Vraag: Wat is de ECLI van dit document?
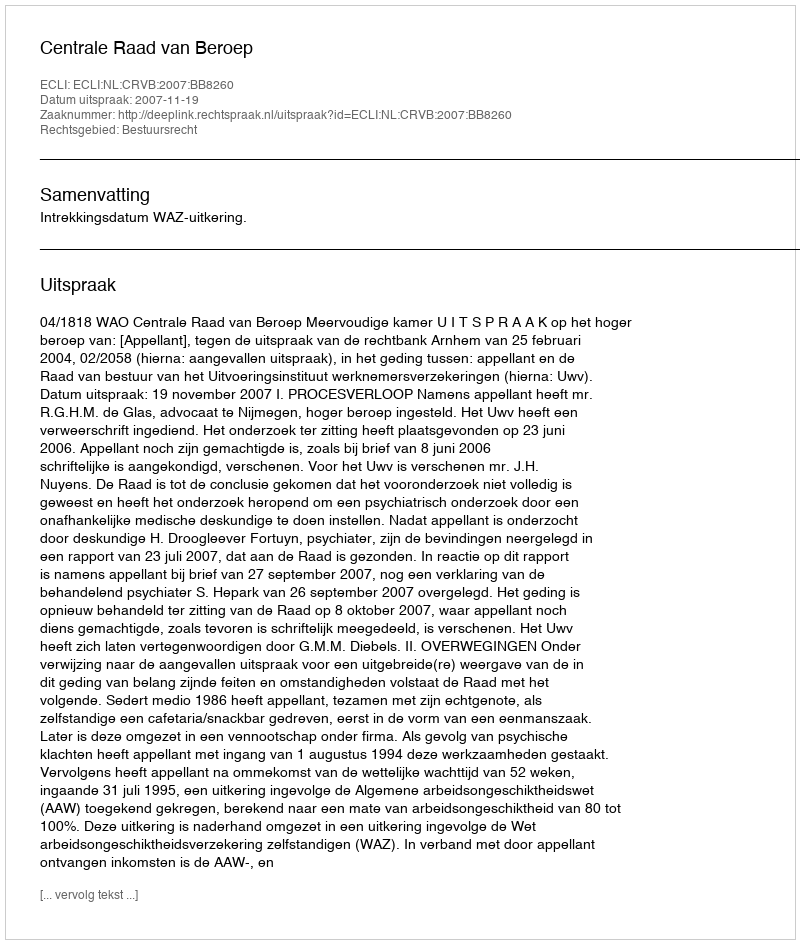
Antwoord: ECLI:NL:CRVB:2007:BB8260